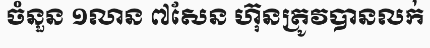
ចំនួន ១លាន ៧សែន ហ៊ុនត្រូវបានលក់